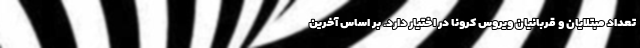
تعداد مبتلایان و قربانیان ویروس کرونا در اختیار دارد. بر اساس آخرین